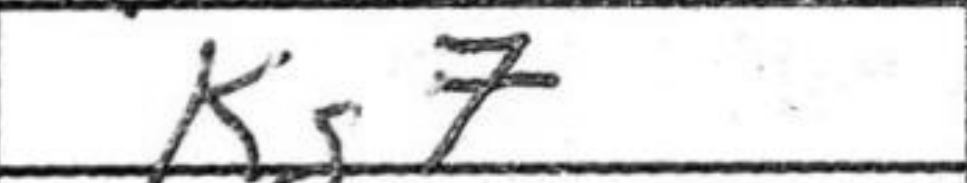
Transcription: Kg7